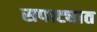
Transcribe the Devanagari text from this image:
सपाट्यात